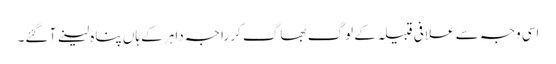
اسی وجہ سے علافی قبیلہ کے لوگ بھاگ کر راجہ داہر کے ہاں پناہ لینے آ گئے۔